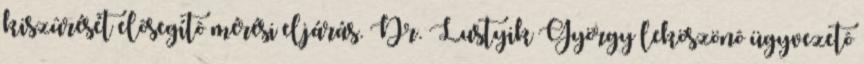
kiszûrését elôsegítô mérési eljárás. Dr. Lustyik György leköszönô ügyvezetô